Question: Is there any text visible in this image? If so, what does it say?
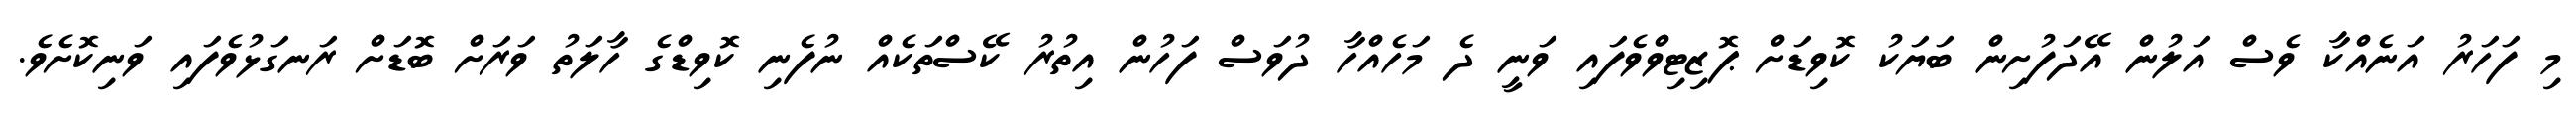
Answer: މި ފަހަރު އަނެއްކާ ވެސް އަލުން އޭދަފުށިން ބަޔަކު ކޮވިޑަށް ޕޮޒިޓިވްވެފައި ވަނީ ދެ މަހެއްހާ ދުވަސް ފަހުން އިތުރު ކޭސްތަކެއް ނުފެނި ކޮވިޑްގެ ހާލަތު ވަރަށް ބޮޑަށް ރަނގަޅުވެފައި ވަނިކޮށެވެ.